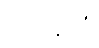
သေနိယံ